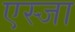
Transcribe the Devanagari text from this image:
एस्जा